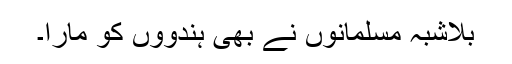
بلاشبہ مسلمانوں نے بھی ہندووں کو مارا۔